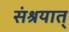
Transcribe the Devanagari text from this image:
संश्रयात्